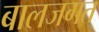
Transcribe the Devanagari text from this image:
बालजगत